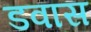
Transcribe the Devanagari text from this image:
डवास